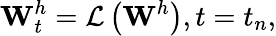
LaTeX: \mathbf{W}_{t}^{h}=\mathcal{L}\left({{\mathbf{W}}^{h}}\right),t={{t}_{n}},